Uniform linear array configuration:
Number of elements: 24
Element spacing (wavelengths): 0.75
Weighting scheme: exponential
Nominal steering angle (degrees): -30
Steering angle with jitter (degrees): -28.542
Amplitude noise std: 0.05
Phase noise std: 0.05

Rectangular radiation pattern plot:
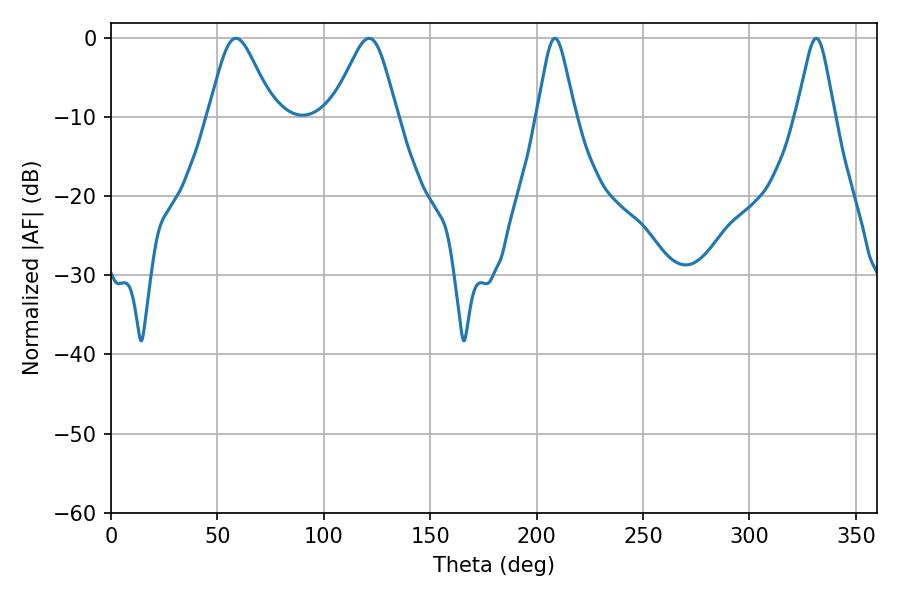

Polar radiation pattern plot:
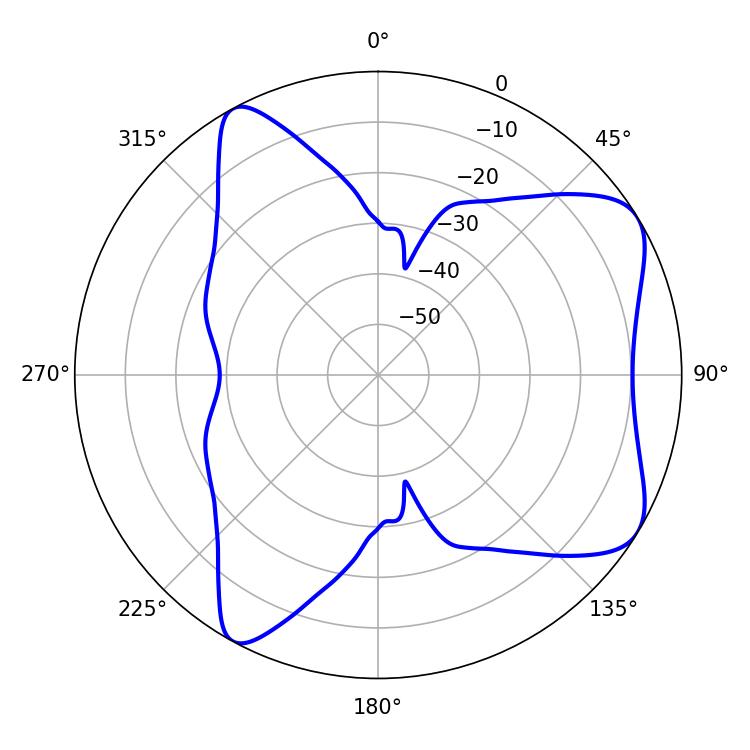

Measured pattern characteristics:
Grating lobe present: TRUE
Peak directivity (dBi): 7.057
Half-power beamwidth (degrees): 8.46
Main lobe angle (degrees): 208.62